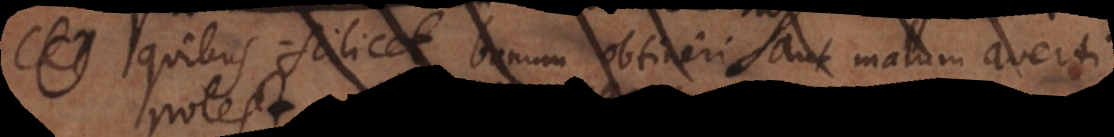
O quibus scilicet bonum obtineri aut malum averti